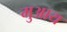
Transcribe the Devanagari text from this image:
मुआय